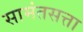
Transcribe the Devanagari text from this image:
सामंतसत्ता